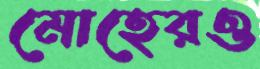
মোহেরও